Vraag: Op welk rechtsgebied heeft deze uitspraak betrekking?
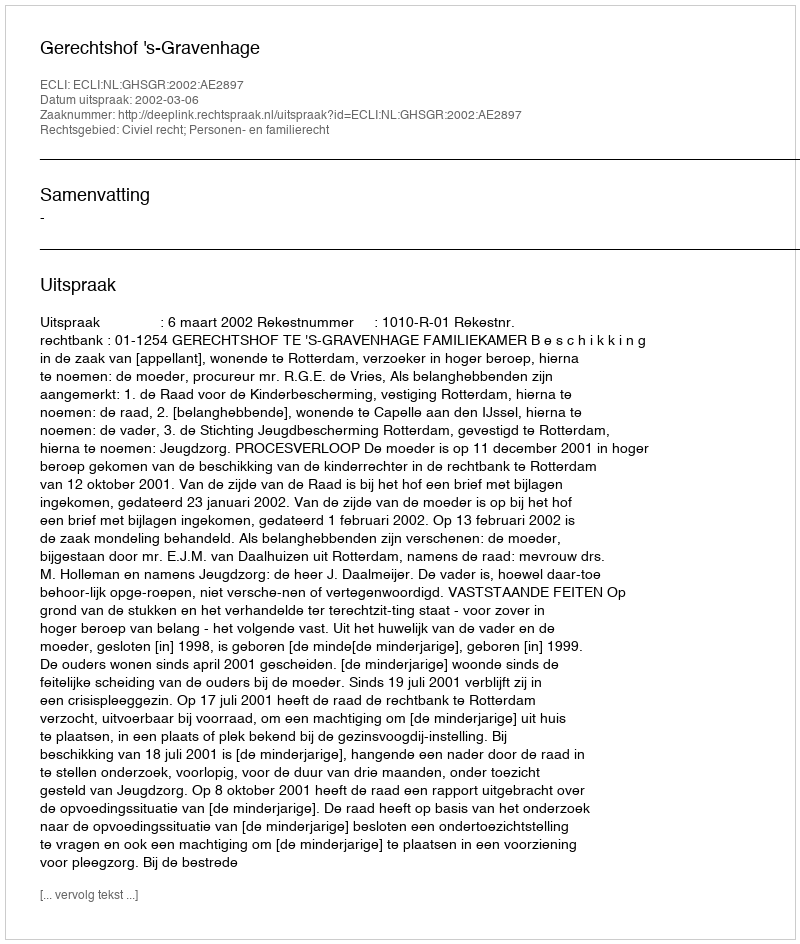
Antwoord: Civiel recht; Personen- en familierecht